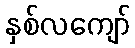
နှစ်လကျော်